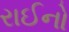
રાઈનો